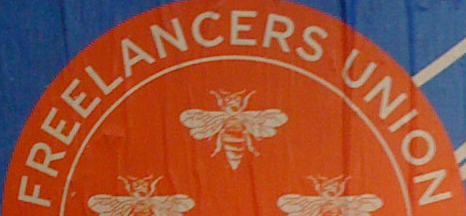
FREELANCERS UNION